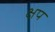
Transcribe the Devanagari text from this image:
क्षप